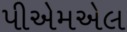
પીએમએલ